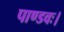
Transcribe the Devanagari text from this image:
पाण्डवः।